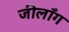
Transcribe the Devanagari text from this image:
जीलाँग